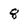
Character: 8